Vaccine operations Central Provinces 1868-1885 - 1868-1885
Year: 1868
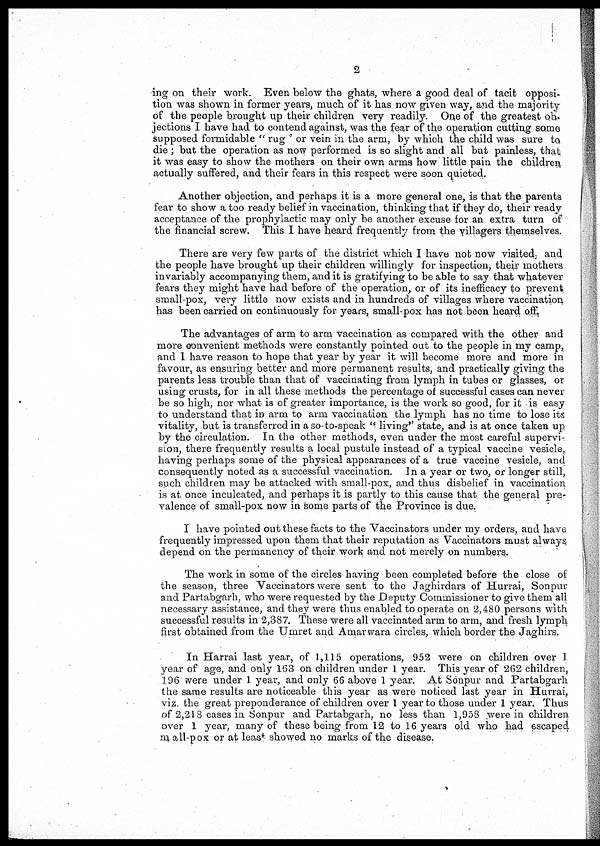
2
ing on their work. Even below the ghats, where a good deal of tacit opposi-
tion was shown in former years, much of it has now given way, and the majority
of the people brought up their children very readily. One of the greatest ob-
jections I have had to contend against, was the fear of the operation cutting some
supposed formidable " rug " or vein in the arm, by which the child was sure to
die ; but the operation as now performed is so slight and all but painless, that
it was easy to show the mothers on their own arms how little pain the children
actually suffered, and their fears in this respect were soon quieted.
Another objection, and perhaps it is a more general one, is that the parents
fear to show a too ready belief in vaccination, thinking that if they do, their ready
acceptance of the prophylactic may only be another excuse for an extra turn of
the financial screw. This I have heard frequently from the villagers themselves.
There are very few parts of the district which I have not now visited, and
the people have brought up their children willingly for inspection, their mothers
invariably accompanying them, and it is gratifying to be able to say that whatever
fears they might have had before of the operation, or of its inefficacy to prevent
small-pox, very little now exists and in hundreds of villages where vaccination
has been carried on continuously for years, small-pox has not been heard off.
The advantages of arm to arm vaccination as compared with the other and
more convenient methods were constantly pointed out to the people in my camp,
and I have reason to hope that year by year it will become more and more in
favour, as ensuring better and more permanent results, and practically giving the
parents less trouble than that of vaccinating from lymph in tubes or glasses, or
using crusts, for in all these methods the percentage of successful cases can never
be so high, nor what is of greater importance, is the work so good, for it is easy
to understand that in arm to arm vaccination the lymph has no time to lose its
vitality, but is transferred in a so-to-speak " living" state, and is at once taken up
by the circulation. In the other methods, even under the most careful supervi-
sion, there frequently results a local pustule instead of a typical vaccine vesicle,
having perhaps some of the physical appearances of a true vaccine vesicle, and
consequently noted as a successful vaccination. In a year or two, or longer still,
such children may be attacked with small-pox, and thus disbelief in vaccination
is at once inculcated, and perhaps it is partly to this cause that the general pre-
valence of small-pox now in some parts of the Province is due.
I have pointed out these facts to the Vaccinators under my orders, and have
frequently impressed upon them that their reputation as Vaccinators must always
depend on the permanency of their work and not merely on numbers.
The work in some of the circles having been completed before the close of
the season, three Vaccinators were sent to the Jaghirdars of Hurrai, Sonpur
and Partabgarh, who were requested by the Deputy Commissioner to give them all
necessary assistance, and they were thus enabled to operate on 2,480 persons with
successful results in 2,387. These were all vaccinated arm to arm, and fresh lymph
first obtained from the Umret and Amarwara circles, which border the Jaghirs.
In Harrai last year, of 1,115 operations, 952 were on children over 1
year of age, and only 163 on children under 1 year. This year of 262 children,
196 were under 1 year, and only 66 above 1 year. At Sonpur and Partabgarh
the same results are noticeable this year as were noticed last year in Hurrai,
viz the great preponderance of children over I year to those under 1 year. Thus
of 2,218 cases in Sonpur and Partabgarh, no less than 1,958 were in children
over 1 year, many of these being from 12 to 16 years old who had escaped
small-pox or at least showed no marks of the disease.